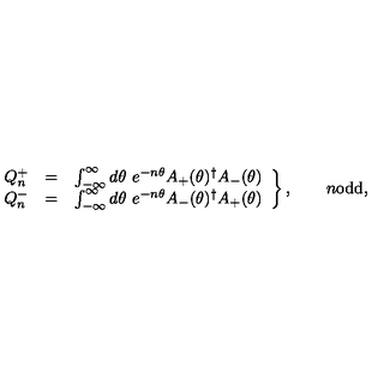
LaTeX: \left. \begin{array} { r c l } { Q _ { n } ^ { + } } & { = } & { \int _ { - \infty } ^ { \infty } d \theta \ e ^ { - n \theta } A _ { + } ( \theta ) ^ { \dagger } A _ { - } ( \theta ) } \\ { Q _ { n } ^ { - } } & { = } & { \int _ { - \infty } ^ { \infty } d \theta \ e ^ { - n \theta } A _ { - } ( \theta ) ^ { \dagger } A _ { + } ( \theta ) } \\ \end{array} \right\} , \qquad n { \mathrm { o d d } } ,